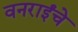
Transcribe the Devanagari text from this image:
वनराईंचे